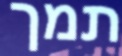
תמך